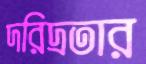
দরিদ্রতার